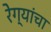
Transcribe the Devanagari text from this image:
रेग्यांचा